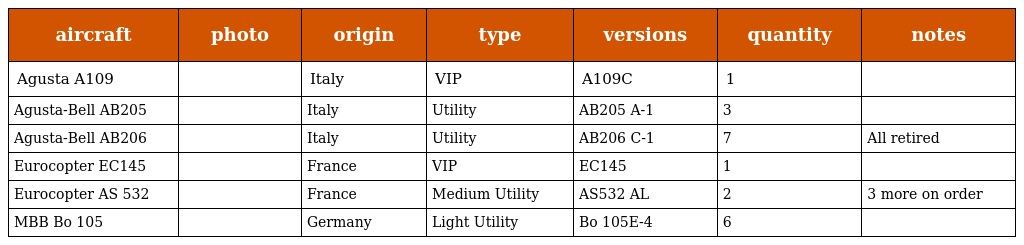
| aircraft | photo | origin | type | versions | quantity | notes |
 | --- | --- | --- | --- | --- | --- | --- |
 | Agusta A109 |  | Italy | VIP | A109C | 1 |  |
 | Agusta-Bell AB205 |  | Italy | Utility | AB205 A-1 | 3 |  |
 | Agusta-Bell AB206 |  | Italy | Utility | AB206 C-1 | 7 | All retired |
 | Eurocopter EC145 |  | France | VIP | EC145 | 1 |  |
 | Eurocopter AS 532 |  | France | Medium Utility | AS532 AL | 2 | 3 more on order |
 | MBB Bo 105 |  | Germany | Light Utility | Bo 105E-4 | 6 |  |